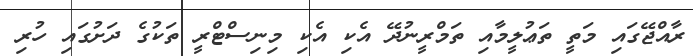
ރާއްޖޭގައި މަތީ ތަޢުލީމާއި ތަމްރީނުދޭ އެކި އެކި މިނިސްޓްރީ ތަކުގެ ދަށުގައި ހުރި